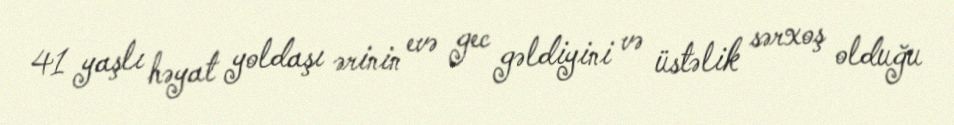
41 yaşlı həyat yoldaşı ərinin evə gec gəldiyini və üstəlik sərxoş olduğu